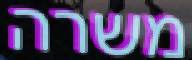
משרה